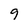
Character: 9